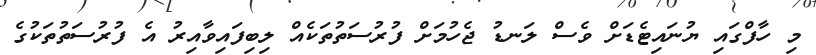
މި ހާފްގައި ޔުނައިޓެޑަށް ވެސް ލަނޑު ޖެހުމަށް ފުރުސަތުތަކެއް ލިބިފައިވާއިރު އެ ފުރުސަތުތަކުގެ